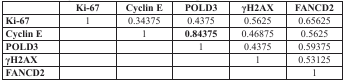
|  | Ki-67 | Cyclin E | POLD3 | γH2AX | FANCD2 |
 | --- | --- | --- | --- | --- | --- |
 | Ki-67 | 1 | 0.34375 | 0.4375 | 0.5625 | 0.65625 |
 | Cyclin E |  | 1 | 0.84375 | 0.46875 | 0.5625 |
 | POLD3 |  |  | 1 | 0.4375 | 0.59375 |
 | γH2AX |  |  |  | 1 | 0.53125 |
 | FANCD2 |  |  |  |  | 1 |